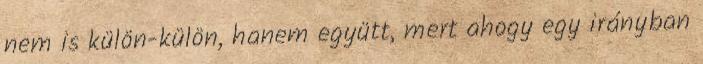
nem is külön-külön, hanem együtt, mert ahogy egy irányban